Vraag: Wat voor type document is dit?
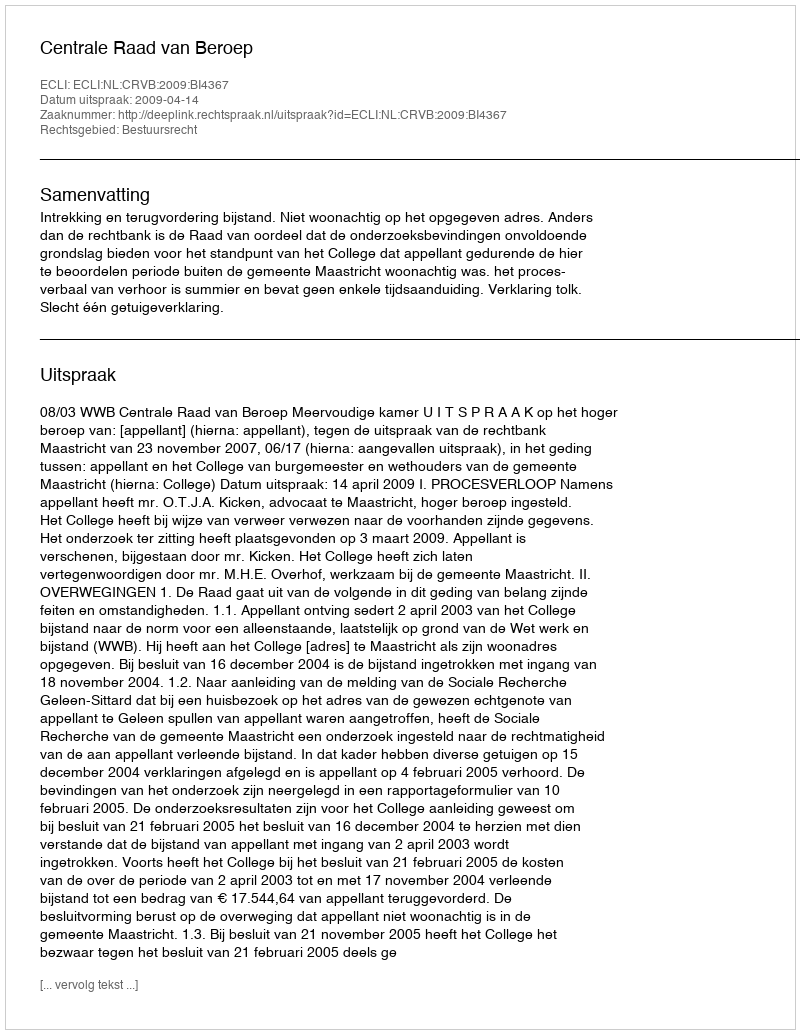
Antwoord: Uitspraak